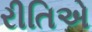
રીતિએ